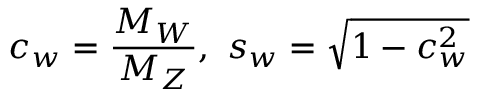
c _ { w } = \frac { M _ { W } } { M _ { Z } } , \ s _ { w } = \sqrt { 1 - c _ { w } ^ { 2 } }